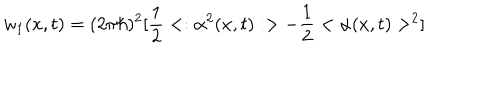
w _ { 1 } ( x , t ) = ( 2 \pi \hbar ) ^ { 2 } [ { \frac { 1 } { 2 } } < : \alpha ^ { 2 } ( x , t ) : > - { \frac { 1 } { 2 } } < \alpha ( x , t ) > ^ { 2 } ]